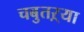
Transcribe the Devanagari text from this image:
चबुतऱ्या